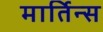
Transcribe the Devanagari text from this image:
मार्तिन्स